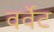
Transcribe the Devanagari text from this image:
वर्वेट